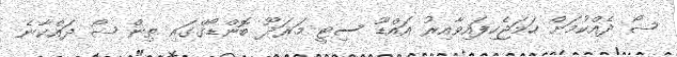
ޝޯ ދެއްކުމަށް ހަމަޖެހިފައިވާއިރު އައްޑޫ ސިޓީ މަރަދޫ ބޮންޑޯގްގައި ތިން ޝޯ ދައްކާނެ